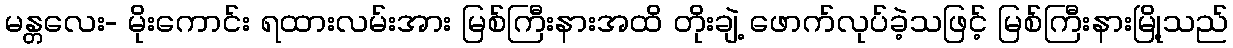
မန္တလေး- မိုးကောင်း ရထားလမ်းအား မြစ်ကြီးနားအထိ တိုးချဲ့ ဖောက်လုပ်ခဲ့သဖြင့် မြစ်ကြီးနားမြို့သည်